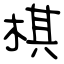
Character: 棋